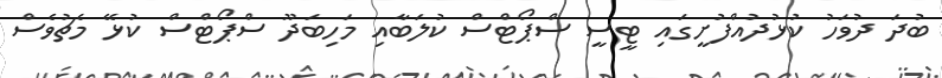
ބުދަ ދުވަހު ކުޅުދުއްފުށީގައި ޓީސީ ސްޕޯޓްސް ކުލަބާއި މަހިބަދޫ ސްޕޯޓްސް ކުޅޭ މެޗުވެސް